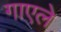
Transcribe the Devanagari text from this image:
गाएले